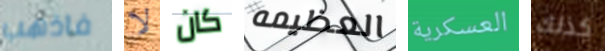
فاذهب لا كان العظيمه العسكرية كذلك